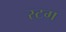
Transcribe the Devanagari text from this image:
स्टग